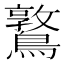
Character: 𪆃